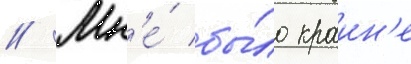
// Мн'е́ бы́ло краин'е